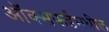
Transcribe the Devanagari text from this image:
ऑक्‍सफर्डमधील